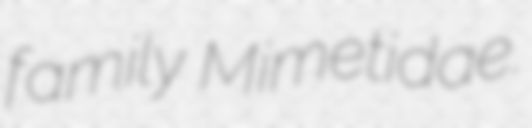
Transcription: family Mimetidae.